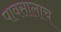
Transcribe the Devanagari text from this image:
पावसालाच